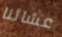
عشائنا